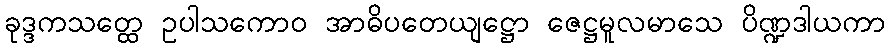
ခုဒ္ဒကသတ္ထေ ဥပါသကောဝ အာဓိပတေယျဋ္ဌော ဇေဋ္ဌမူလမာသေ ပိဏ္ဍဒါယကာ